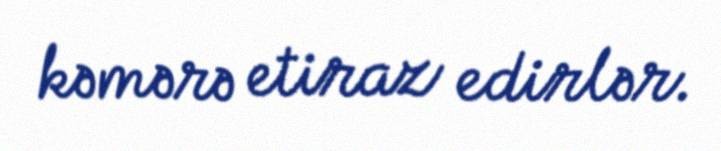
kəmərə etiraz edirlər.